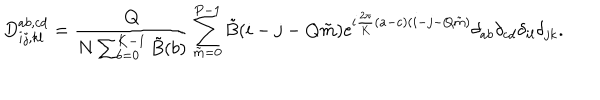
D _ { i j , k l } ^ { a b , c d } = { \frac { Q } { N \sum _ { b = 0 } ^ { K - 1 } \tilde { B } ( b ) } } \sum _ { \tilde { m } = 0 } ^ { P - 1 } \tilde { B } ( i - j - Q \tilde { m } ) \mathrm { e } ^ { i { \frac { 2 \pi } { K } } ( a - c ) ( i - j - Q \tilde { m } ) } \delta _ { a b } \delta _ { c d } \delta _ { i l } \delta _ { j k } .